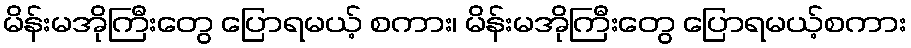
မိန်းမအိုကြီးတွေ ပြောရမယ့် စကား၊ မိန်းမအိုကြီးတွေ ပြောရမယ့်စကား